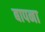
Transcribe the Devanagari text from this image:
बापना